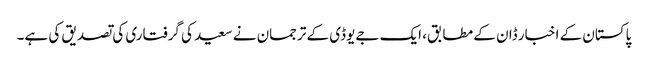
پاکستان کے اخبار ڈان کے مطابق، ایک جےیوڈی کے ترجمان نے سعید کی گرفتاری کی تصدیق کی ہے۔